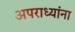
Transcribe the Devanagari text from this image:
अपराध्यांना